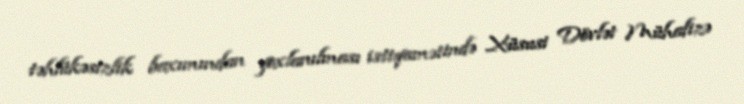
təhlükəsizlik baxımından yoxlanılması istiqamətində Xüsusi Dövlət Mühafizə